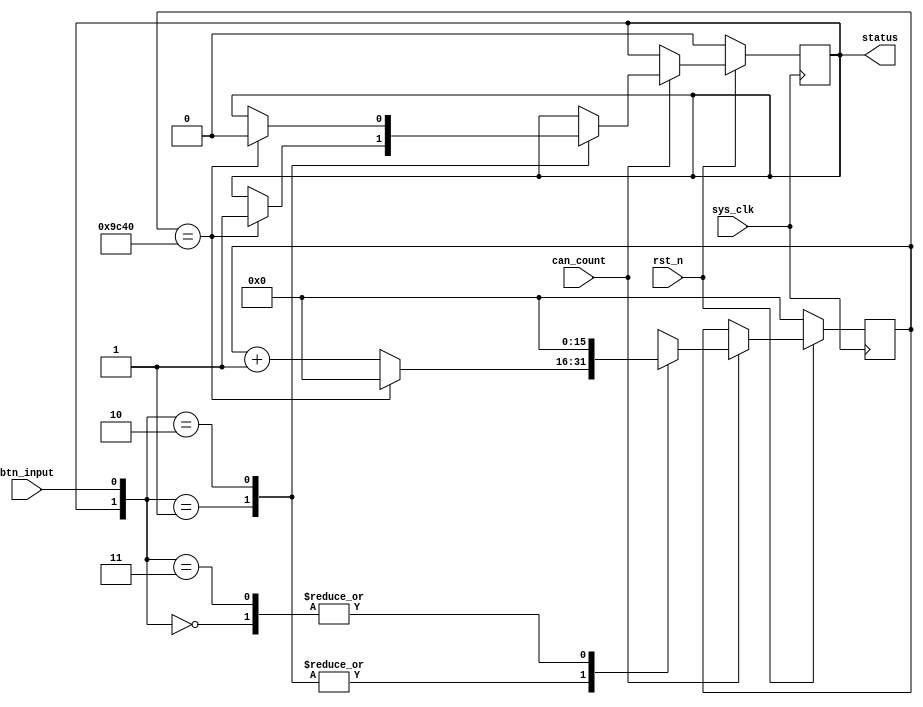
`timescale 1ns/1ps

module debounce  (
    input sys_clk,
    input rst_n,

    input can_count,
    input btn_input,
    output reg status
);
    parameter COUNT_DOWN = 16'd40000;

    // 40M, hold 10ms, count to 40,000
    reg [15:0] counter;
    always @(posedge sys_clk) begin
        if (!rst_n) begin
            counter <= 16'b0;
            status <= 0;
        end else begin
            if (!can_count) begin
                counter <= counter;
                status <= status;
            end else begin
                case ({status, btn_input})
                    2'b00   : begin
                        counter <= 16'b0;
                        status <= status;
                    end
                    2'b01   : begin
                        if (counter == COUNT_DOWN) begin
                            status <= 1;
                            counter <= 16'b0;
                        end else 
                            counter <= counter + 1;
                    end
                    2'b10 : begin
                        if (counter == COUNT_DOWN) begin
                            status <= 0;
                            counter <= 16'b0;
                        end else 
                            counter <= counter + 1;
                    end
                    2'b11 : begin
                        counter <= 16'b0;
                        status <= status;
                    end 
                endcase
            end
        end
    end
    
endmodule